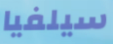
سيلفيا